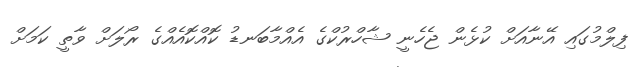
ފިލްމުގައި އޭނާއަށް ކުޅެން ޖެހެނީ ޝާހްރުކްގެ އެއްމާބަނޑު ކޮއްކޮއެއްގެ ރޯލަށް ވާތީ ކަމަށް